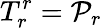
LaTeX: T_{r}^{r}=\mathcal{P}_{r}